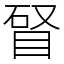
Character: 䀾